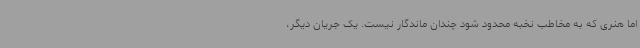
اما هنری که به مخاطب نخبه محدود شود چندان ماندگار نیست. یک جریان دیگر،